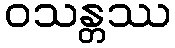
ဝသန္တဿ